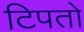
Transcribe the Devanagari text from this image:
टिपतो